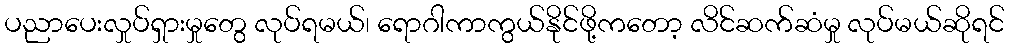
ပညာပေးလှုပ်ရှားမှုတွေ လုပ်ရမယ်၊ ရောဂါကာကွယ်နိုင်ဖို့ကတော့ လိင်ဆက်ဆံမှု လုပ်မယ်ဆိုရင်